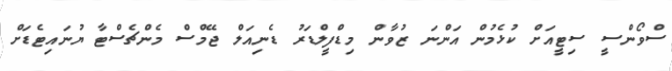
ސްވޯންސީ ސިޓީއަށް ކުޅެމުން އަންނަ ޒުވާން މިޑްފީލްޑަރު ޑެނިއަލް ޖޭމްސް މެންޗެސްޓާ ޔުނައިޓެޑަށް